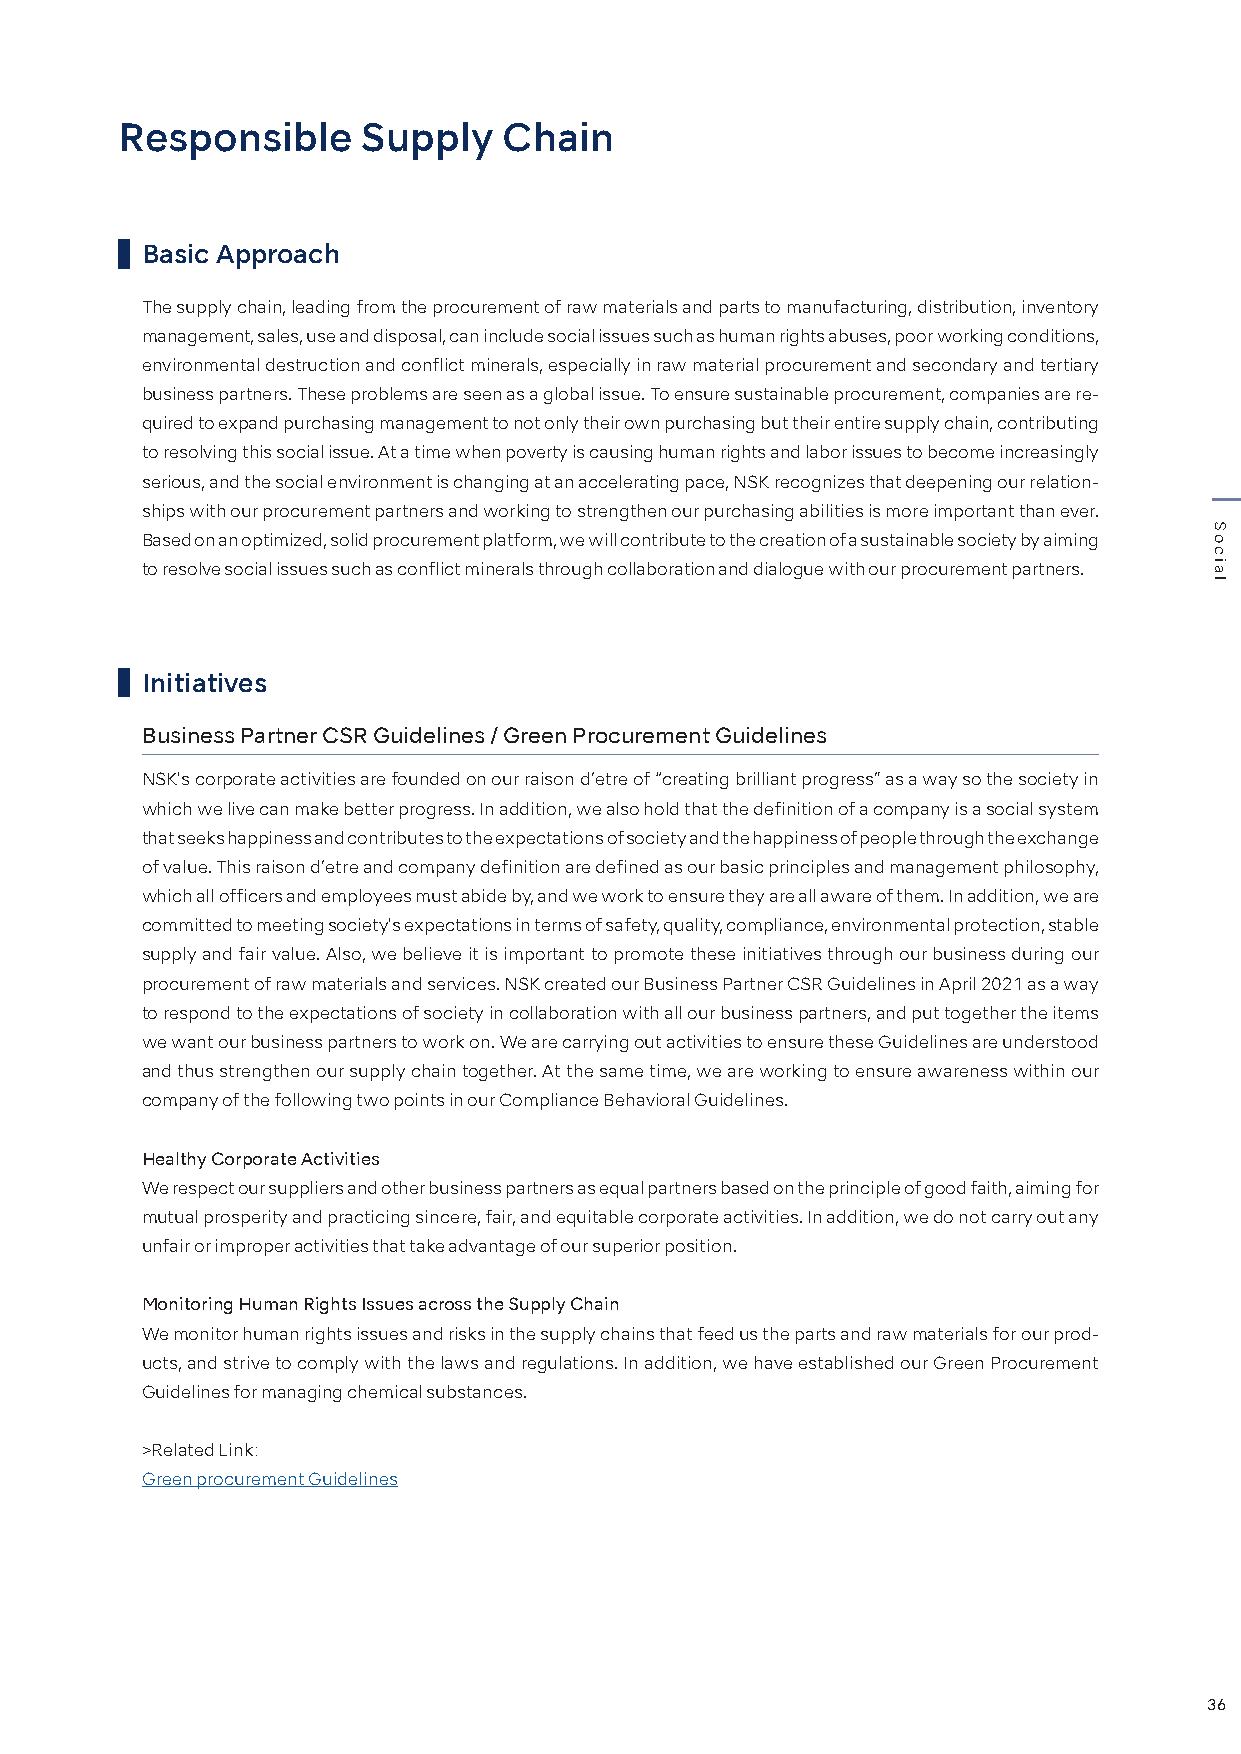
Responsible     Supply   Chain
 Basic Approach
 The supply chain, leading from the procurement of raw materials and parts to manufacturing, distribution, inventory
 management, sales, use and disposal, can include social issues such as human rights abuses, poor working conditions,
 environmental destruction and conflict minerals, especially in raw material procurement and secondary and tertiary
 business partners. These problems are seen as a global issue. To ensure sustainable procurement, companies are re-
 quired to expand purchasing management to not only their own purchasing but their entire supply chain, contributing
 to resolving this social issue. At a time when poverty is causing human rights and labor issues to become increasingly
 serious, and the social environment is changing at an accelerating pace, NSK recognizes that deepening our relation-
 ships with our procurement partners and working to strengthen our purchasing abilities is more important than ever.
 Based on an optimized, solid procurement platform, we will contribute to the creation of a sustainable society by aiming
 to resolve social issues such as conflict minerals through collaboration and dialogue with our procurement partners.
 Initiatives
 Business Partner CSR Guidelines / Green Procurement Guidelines
 NSK's corporate activities are founded on our raison d’etre of “creating brilliant progress” as a way so the society in
 which we live can make better progress. In addition, we also hold that the definition of a company is a social system
 that seeks happiness and contributes to the expectations of society and the happiness of people through the exchange
 of value. This raison d’etre and company definition are defined as our basic principles and management philosophy,
 which all officers and employees must abide by, and we work to ensure they are all aware of them. In addition, we are
 committed to meeting society's expectations in terms of safety, quality, compliance, environmental protection, stable
 supply and fair value. Also, we believe it is important to promote these initiatives through our business during our
 procurement of raw materials and services. NSK created our Business Partner CSR Guidelines in April 2021 as a way
 to respond to the expectations of society in collaboration with all our business partners, and put together the items
 we want our business partners to work on. We are carrying out activities to ensure these Guidelines are understood
 and thus strengthen our supply chain together. At the same time, we are working to ensure awareness within our
 company of the following two points in our Compliance Behavioral Guidelines.
 Healthy Corporate Activities
 We respect our suppliers and other business partners as equal partners based on the principle of good faith, aiming for
 mutual prosperity and practicing sincere, fair, and equitable corporate activities. In addition, we do not carry out any
 unfair or improper activities that take advantage of our superior position.
 Monitoring Human Rights Issues across the Supply Chain
 We monitor human rights issues and risks in the supply chains that feed us the parts and raw materials for our prod-
 ucts, and strive to comply with the laws and regulations. In addition, we have established our Green Procurement
 Guidelines for managing chemical substances.
 >Related Link:
 Green procurement Guidelines
 36
 Social